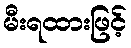
မီးရထားဖြင့်